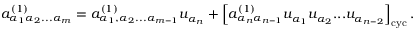
{ a } _ { \alpha _ { 1 } \alpha _ { 2 } . . . \alpha _ { m } } ^ { ( 1 ) } = { a } _ { \alpha _ { 1 } , \alpha _ { 2 } . . . \alpha _ { m - 1 } } ^ { ( 1 ) } u _ { \alpha _ { n } } + \left[ { a } _ { \alpha _ { n } \alpha _ { n - 1 } } ^ { ( 1 ) } u _ { \alpha _ { 1 } } u _ { \alpha _ { 2 } } . . . u _ { \alpha _ { n - 2 } } \right] _ { \mathrm { c y c } } .